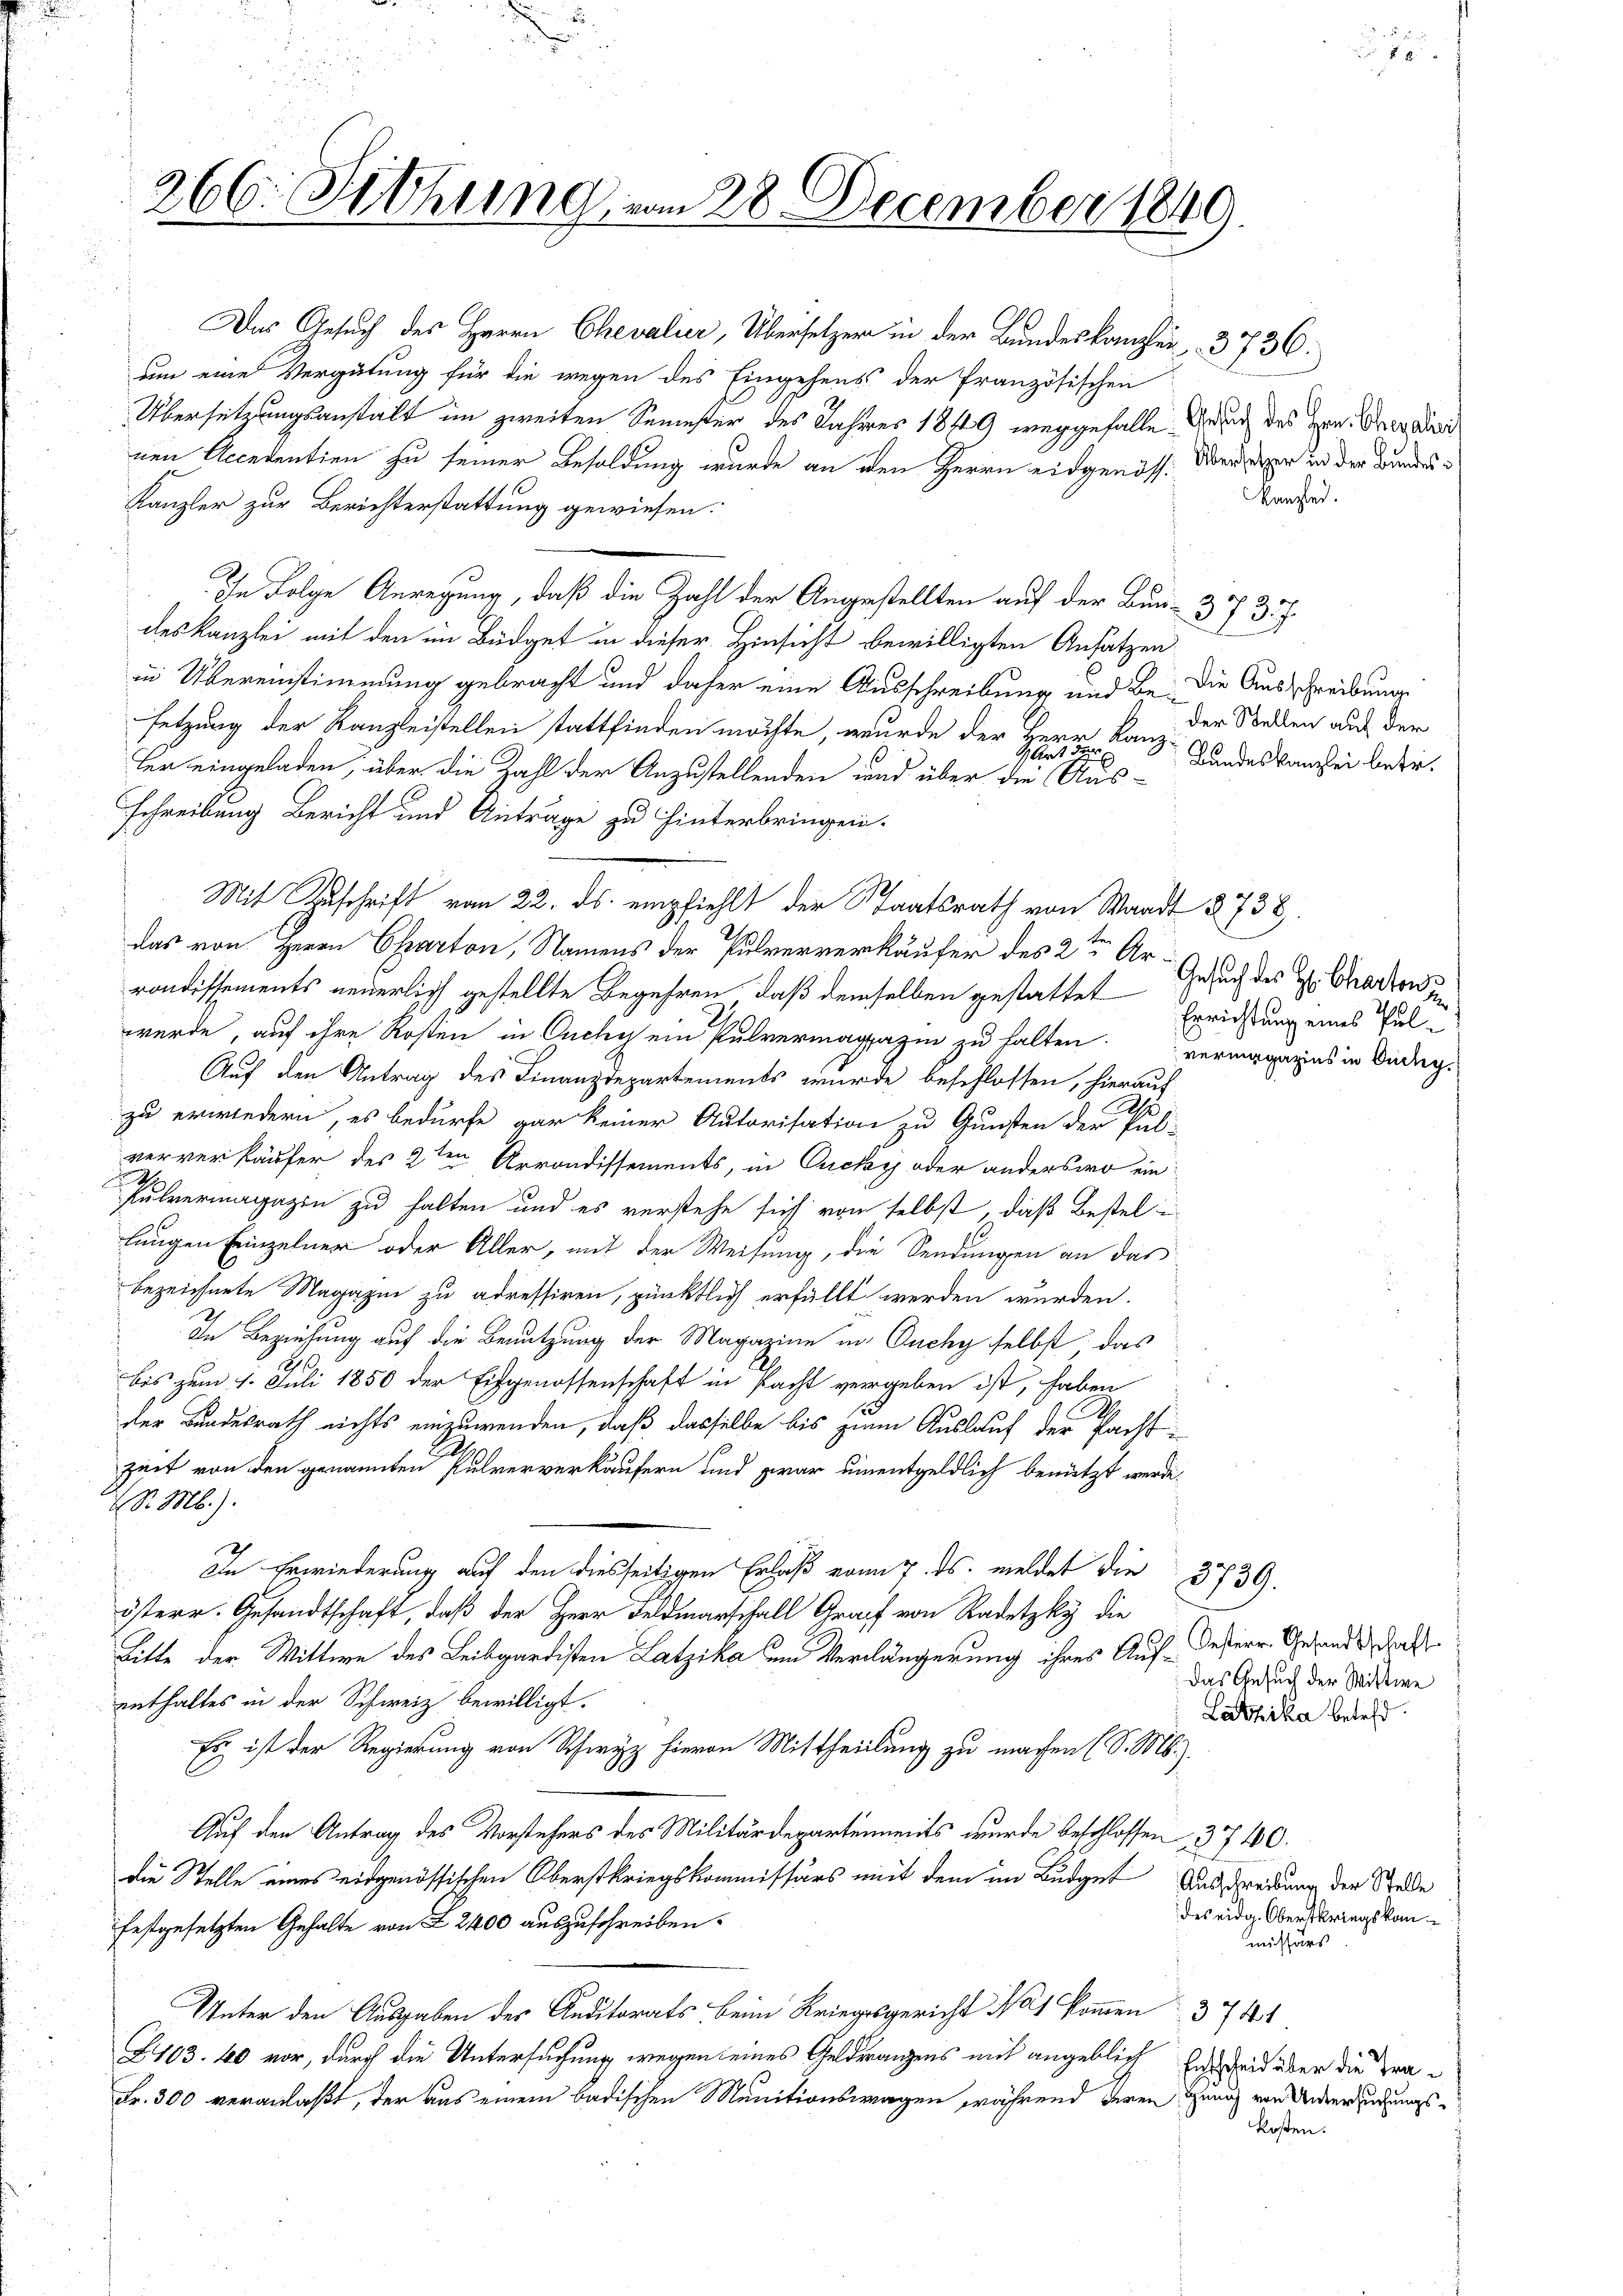
266. Sitzung, vom 28. December 1840

Das Gesuch des Herrn Chevalier, Übersetzer in der Bundeskanzlei 3736.
um eine Vergütung für die wegen des Eingehens der französischen
Übersetzungsanstalt im zweiten Semester des Jahres 1849 weggefalle auch des Hrn. Der die
nen Accedentien zu seiner Besoldung wurde an den Herrn eidgenöss. Versage in der Bundes¬
Kanzler zur Berichterstattung gewiesen.
In Folge Anregung, daß die Zahl der Angestellten auf der Bun- 37 357.
deskanzlei mit den im Büdget in dieser Hinsicht bewilligten Ansätzen
in Übereinstimmung gebracht und daher eine Ausschreibung und be- die Ausschreibung
setzung der Kanzleistellen stattfinden möchte, wurde der Herr Kanz- Bundeskanzlei bederter eingeladen, über die Zahl der Anzustellenden und über die Aus-
Schreibung Bericht und Anträge zu hinterbringen.
Mit Zuschrift vom 22. ds. empfiehlt der Staatsrath von Waadt § 738.
das von Herrn Charton, Namens der Pulververkäufer des 2ten Arrondissements neuerlich gestellte Begehren, daß demselben gestattet
wurde, auf ihre Kosten in Ouchy ein Pulvermagazin zu halten.
Auf den Antrag des Finanzdepartements wurde beschlossen, hierauf
1
zu erwiedern, es bedürfe gar keiner Autorisation zu Gunsten der Pul-
ververkäufer des 2ten Arrondissements, in Ouchy oder anderswo ein
2
Pulvermagazin zu halten und es verstehe sich von selbst, daß Bestel
lungen Einzelner oder Aller, mit der Weisung, die Sendungen an das
bezeichnete Magazin zu adressiren, pünktlich erfüllt werden wurden.
In Beziehung auf die Benutzung der Magazine in Ouchy selbst das
bis zum 1. Juli 1850 der Eidgenossenschaft in Pacht vergeben ist, haben
der Bundesrath nichts einzuwenden, daß dasselbe bis zum Auslauf der Pacht
zuet von den genannten Pulververkäufern und zwar unentgeldlich benutzt werde.
S. M.).
In Erwiederung auf den diesseitigen Erlaß vom 7. ds. meldet die 3739.
österr. Gesandtschaft, daß der Herr Feldmarschall Graf von Radetzky die
Bitte der Mittwe des Leibgardisten Latzika um Verlängerung ihres Auf-dessere Gesandt darf
enthaltes in der Schweiz bewilligt.
Es ist der Regierung von Schwyz hievon Mittheilung zu machen (S. M.).
Auf den Antrag des Vorstehers des Militärdepartements wurde beschlossen 3740.
die Stelle eines eidgenössischen Oberstkriegskommissärs mit dem im Büdget Austreibung der Stade
festgesetzten Gehalte von § 2400 auszuschreiben.
Unter den Ausgaben des Auditorats beim Kriegsgericht No 1 kommen 3744
Z103. 40 vor, durch die Untersuchung wegen eines Geldrangens mit angeblich Entscheid über die Tra¬
Fr. 300 veranlaßt, der aus einem badischen Munitionswagen während deren Genus von Unterzugungs¬

Kanzlei.

der Stellen auf der

Das Gesuch der Wittwe
Latzika betreff

Gesuch des H. Charten un
Errichtung eines Pulvermagazins in Zichy.

des eidg. Oberstkriegskom
missärs

kosten.